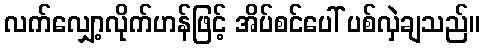
လက်လျှော့လိုက်ဟန်ဖြင့် အိပ်စင်ပေါ် ပစ်လှဲချသည်။